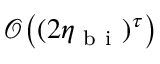
\mathcal { O } \big ( ( 2 \eta _ { \mathrm { ~ b ~ i ~ } } ) ^ { \tau } \big )